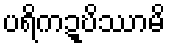
ပရိကဍ္ဎိဿာမိ